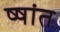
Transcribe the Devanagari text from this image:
ष्षांत